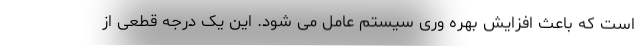
است که باعث افزایش بهره وری سیستم عامل می شود. این یک درجه قطعی از